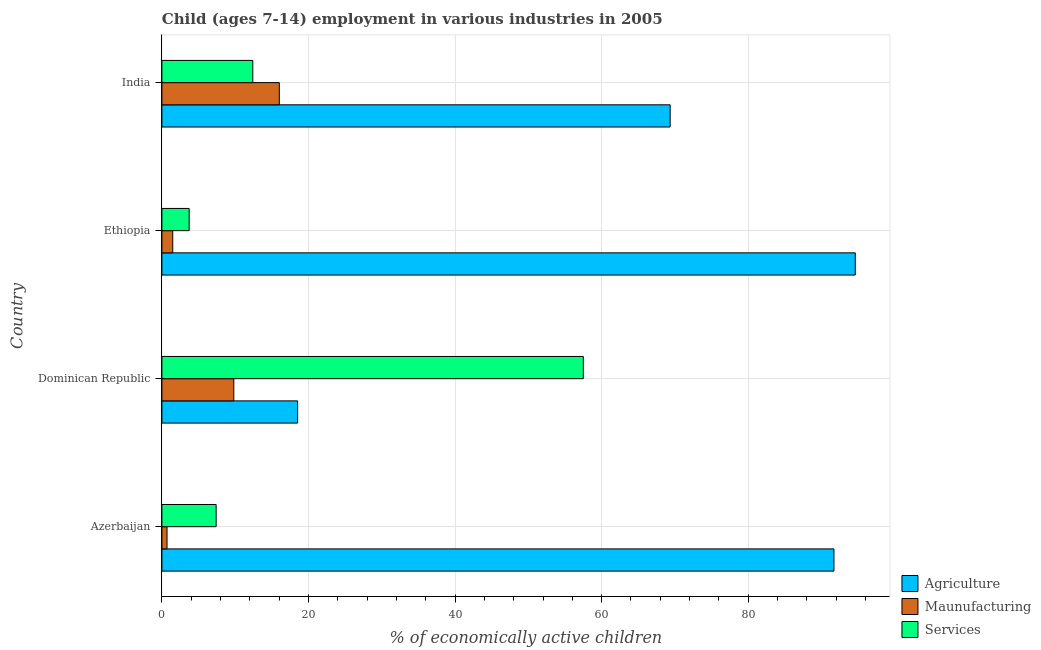
| Country | Agriculture | Maunufacturing | Services |
 | --- | --- | --- | --- |
 | Azerbaijan | 91.7 | 0.7 | 7.4 |
 | Dominican Republic | 18.5 | 9.81 | 57.5 |
 | Ethiopia | 94.6 | 1.48 | 3.72 |
 | India | 69.3 | 16 | 12.4 |